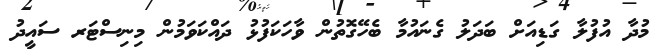
މުދާ އުފުލާ ގަޑިއަށް ބަދަލު ގެނައުމާ ބެހޭގޮތުން ވާހަކަފުޅު ދައްކަވަމުން މިިނިސްޓަރ ސައީދު